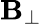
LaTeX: \mathbf{B}_{\bot}